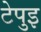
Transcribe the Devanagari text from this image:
टेपुइ